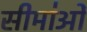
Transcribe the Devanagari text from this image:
सीमा॑ओं